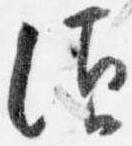
須